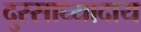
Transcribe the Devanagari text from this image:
दुस्साध्यादाय